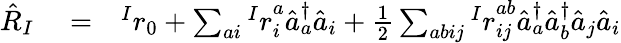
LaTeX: \begin{array}{rlr}{\hat{R}_{I}}&{{}=}&{{^Ir}_{0}+\sum_{ai}{^Ir}_{i}^{a}\hat{a}_{a}^{\dagger}\hat{a}_{i}+\frac{1}{2}\sum_{abij}{^Ir}_{ij}^{ab}\hat{a}_{a}^{\dagger}\hat{a}_{b}^{\dagger}\hat{a}_{j}\hat{a}_{i}}\end{array}